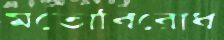
মতোবিরোধ